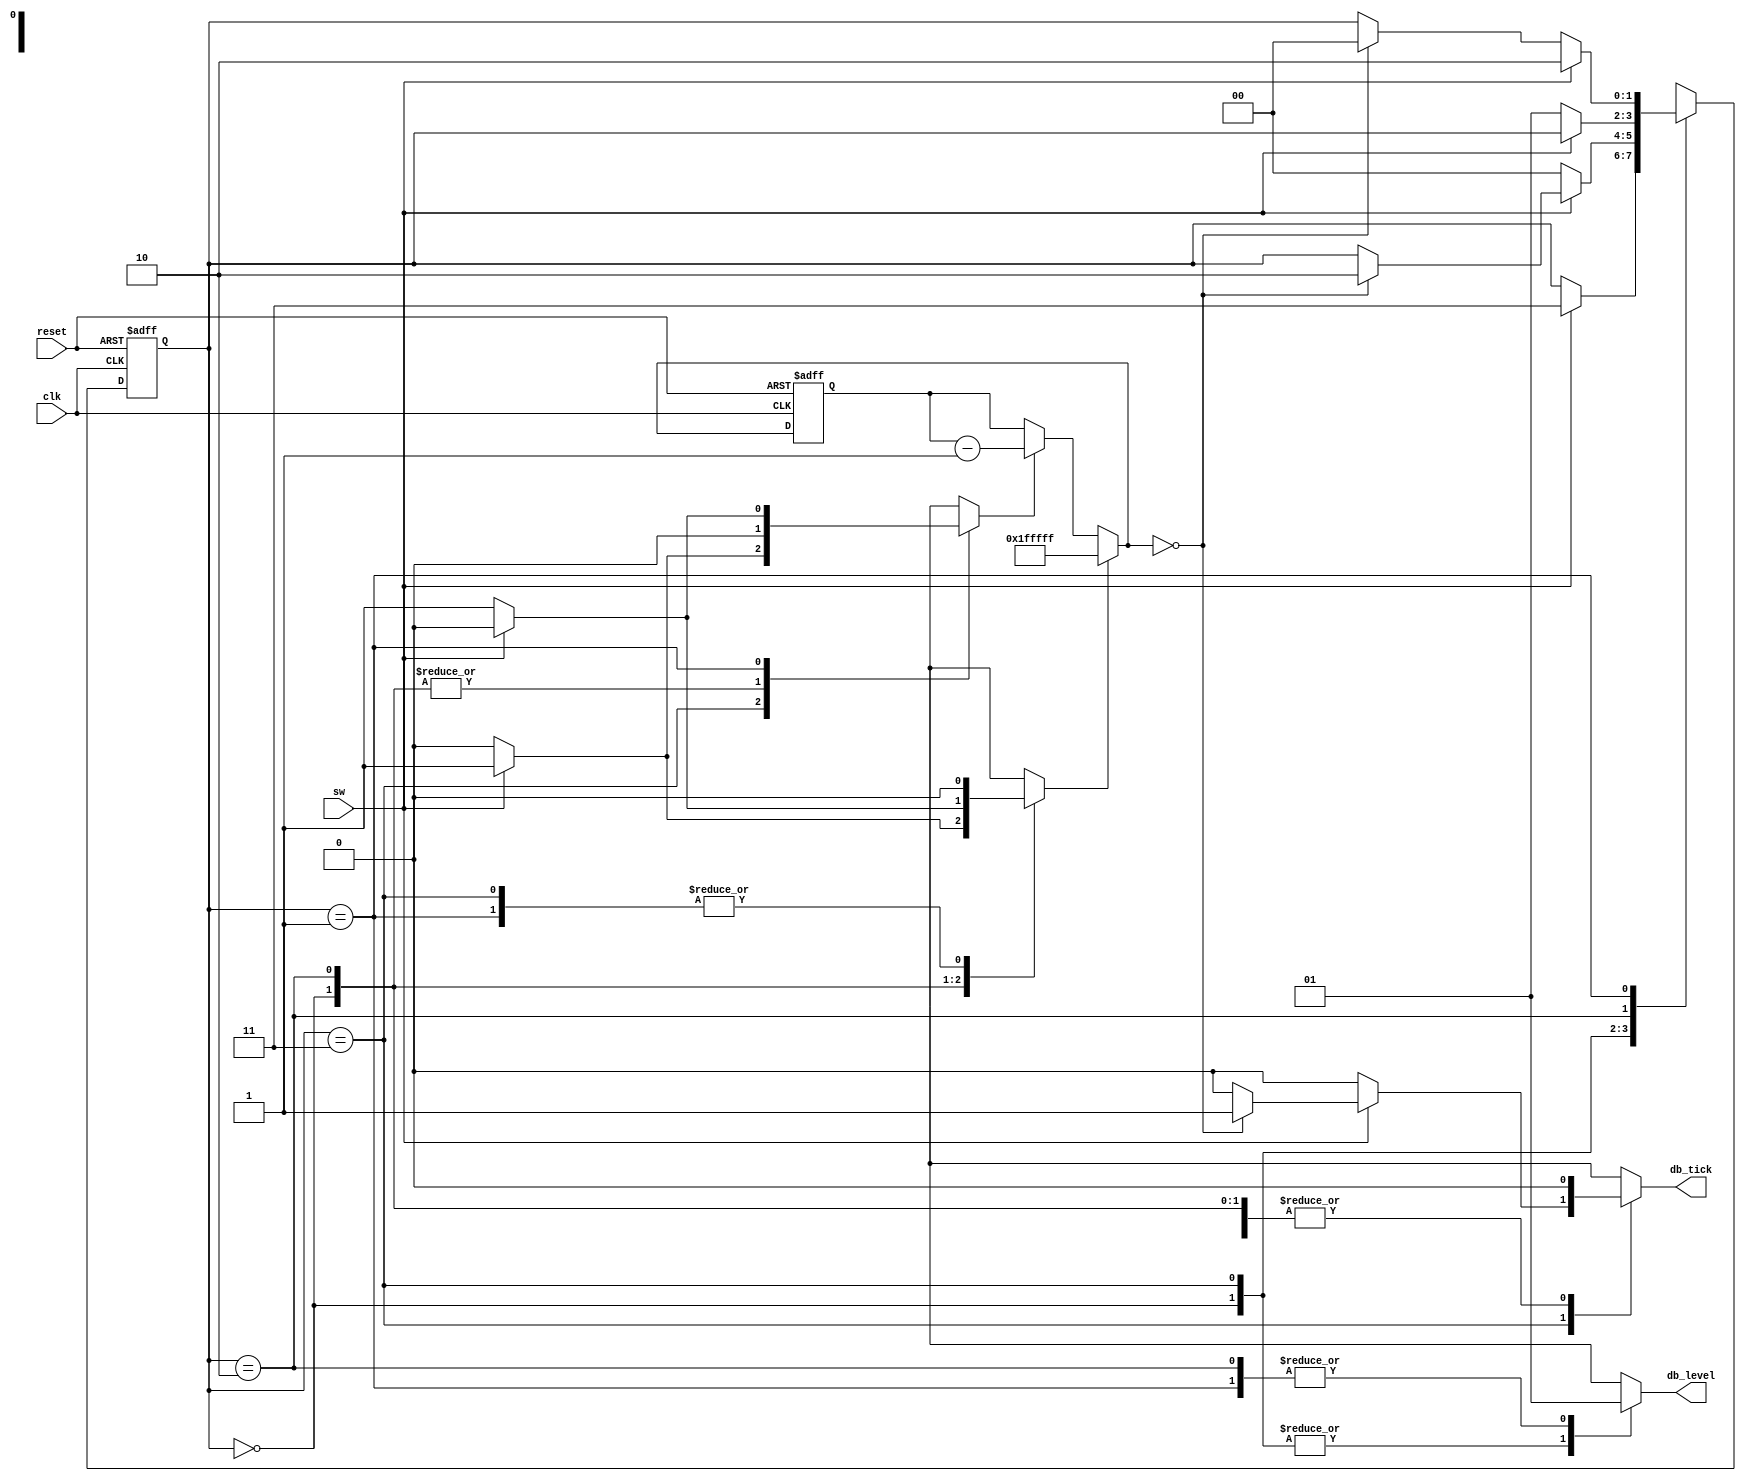
module debounce
( 
    input wire clk, reset,
    input wire sw,
    output reg db_level, db_tick
);

localparam [1:0]
    zero  = 2'b00,
    wait0 = 2'b01,
    one   = 2'b10,
    wait1 = 2'b11;
    
localparam N=21;

reg [1:0] state_reg, state_next;
reg [N-1:0] q_reg;
wire [N-1:0] q_next;
wire q_zero;
reg q_load, q_dec;

always @(posedge clk, posedge reset)
    if (reset)
        begin
            state_reg <= zero;
            q_reg <= 0;
        end
    else
        begin
            state_reg <= state_next;
            q_reg <= q_next;
        end
    
    // FSMD Data path    
    assign q_next = (q_load)? {N{1'b1}} :
                    (q_dec) ? q_reg -1 : q_reg;
                    
    assign q_zero = (q_next==0);
    
    // FSMD Contro path next-state logic
    
    always @*
    begin
        state_next = state_reg;
        q_load = 1'b0;
        q_dec = 1'b0;
        db_tick = 1'b0;
        
        case (state_reg)
            zero:
                begin
                    db_level = 1'b0;
                    if (sw)
                        begin
                            state_next = wait1;
                            q_load = 1'b1;
                        end    
                end
            wait1:
                begin
                    db_level = 1'b0;
                    if (sw)
                        begin
                            q_dec = 1'b1;
                            if (q_zero)
                                begin
                                    state_next = one;
                                    db_tick = 1'b1;
                                end
                            end
                    else
                        state_next = zero;
                end
            one:
                begin
                    db_level = 1'b1;
                    if (~sw)
                        begin
                            state_next = wait0;
                            q_load = 1'b1;
                        end
                end
            wait0:
                begin
                    db_level = 1'b1;
                    if (~sw)
                        begin
                            q_dec = 1'b1;
                            if (q_zero)
                                state_next = zero;
                        end
                    else
                        state_next = one;
                end
            default: state_next = zero;
        endcase
    end
    
endmodule